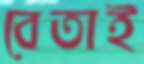
বেতাই